Lunatic asylums in Bengal annual reports 1888-1898 - 1888-1898
Year: 1888
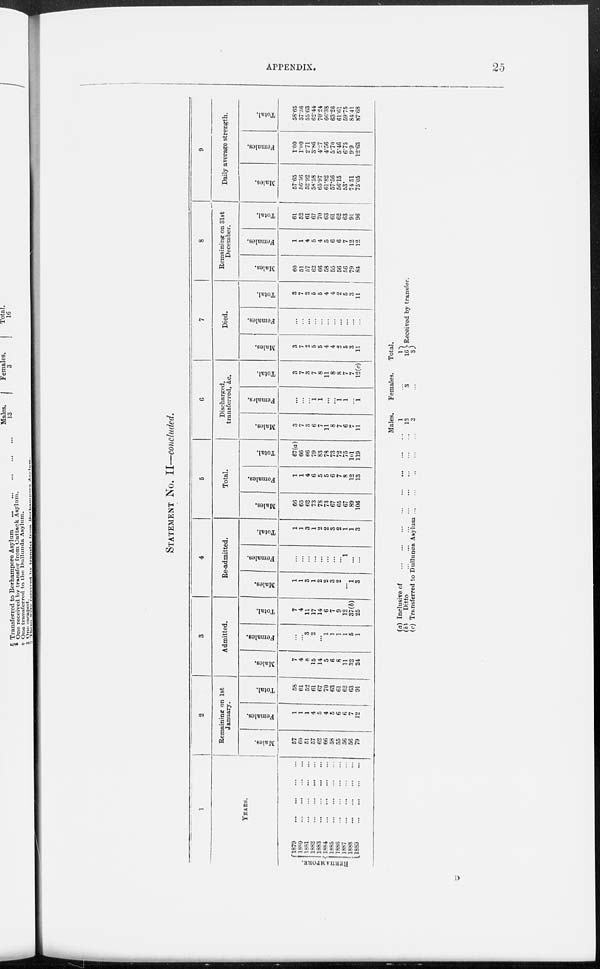
APPENDIX.
25
STATEMENT NO. II—concluded.
1
YEARS.
1879
...
...
...
...
1880 ... ... ... ...
1881 ... ... ... ...
1882
...
...
...
...
1883
...
...
...
...
1884
...
...
...
...
1885
...
...
...
...
1886 ... ... ... ...
1887
...
...
...
...
1888
...
...
...
...
1889 ... ... ... ...
2
Remaining on 1st
January.
Males.
57
60 51
57
62
66
58
55
56
56
79
Females.
1
1
1
4
5
4
5
6
6
7
12
Total.
58
61
52
61
67
70
63
61
62
63
91
3
Admitted.
Males.
7
4
8
15
14
5
6
8
11
32
24
Females.
...
...
3
2
...
1
1
1
1
5
1
Total.
7
4
11
17
14
6
7
9
12
37(b)
25
4
Re-admitted.
Males.
1
1
3
1
2
2
3
2
. ..
1
3
Females.
...
...
...
...
...
...
...
...
1
...
...
Total.
1
1
3
1
2
2
3
2
1
1
3
5
Total.
Males.
66
65
62
73
78
73
67
65
67
89
106
Females.
1
1
4
6
5
5
6
7
8
12
13
Total.
67(a)
66
66
79
83
78
73
72
75
101
119
6
Discharged,
transferred, &c.
Males.
3
7
3
6
7
11
8
7
6
7
11
Females.
...
...
...
1
1
...
...
1
1
...
1
Total.
3
7
3
7
8
11
8
8
7
7
12(c)
7
Died.
Males.
3
7
2
5
5
4
4
2
5
3
11
Females.
...
...
...
...
...
...
...
...
...
...
...
Total.
3
7
2
5
5
4
4
2
5
3
1 1
8
Remaining on 31st
December.
Mules.
60
51
57
62
66
58
55
56
56
79
84
Females.
1
1
4
5
4
5
6
6
7
12
12
Total.
61
52
61
67
70
63
61
62
63
91
96
9
Daily average strength.
Males.
57.65
56.36
52.92
58.58
65 97
61.82
57.56
56.15
53.
74.51
75.05
Females.
1.00
1.00
2.71
3.86
4.27
4.56
5.70
5.46
6.75
9.9
12.63
Total.
58.65
57.36
55.63
62.44
70.24
66.38
63.26
61.61
59.75
84.41
87.68
(a) Inclusive of ... ... ... ... ... ... ... ... ... ... ... ...
(b)
Ditto ... ... ... ... ... ... ... ... ... ... ... ... ...
(c) Transferred to Dullunda Asylum ... ... ... ... ... ... ... ...
Males.
1
13
3
Females.
...
3
...
Total.
1
16 3
Received by transfer.